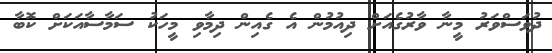
ދުވަސްވަރު މީނާ ވާރުގެއަށް ދިއުމުން އެ ގެއިން ދިމާވި މީހަކު ސަމާސާއަކަށް ކޮބާ